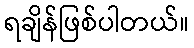
ရချိန်ဖြစ်ပါတယ်။